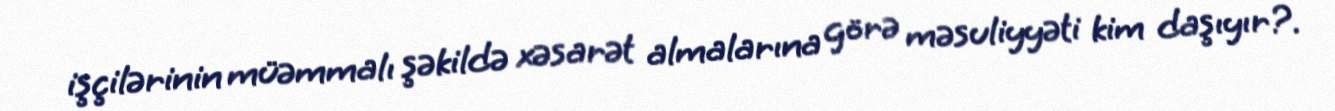
işçilərinin müəmmalı şəkildə xəsarət almalarına görə məsuliyyəti kim daşıyır?.